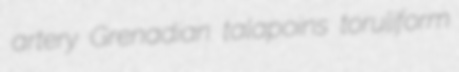
artery Grenadian talapoins toruliform